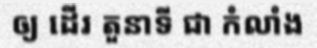
ឲ្យ ដើរ តួនាទី ជា កំលាំង